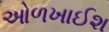
ઓળખાઈશ